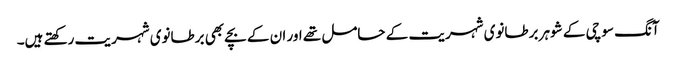
آنگ سو چی کے شوہر برطانوی شہریت کے حامل تھے اور ان کے بچے بھی برطانوی شہریت رکھتے ہیں۔